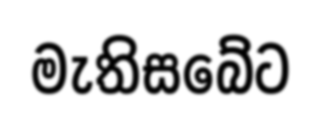
මැතිසබේට